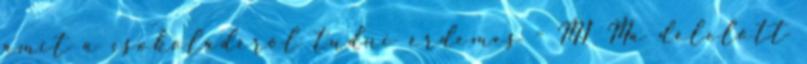
amit a csokoládéról tudni érdemes - M1 Ma délelőtt